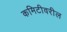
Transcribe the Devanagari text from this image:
कमिटीवरील